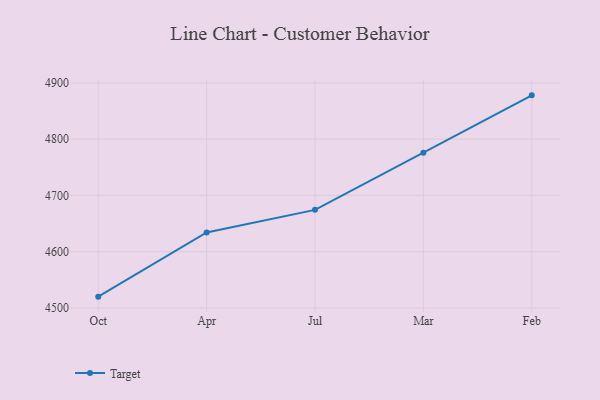
{"axis": {"x": "Month", "y": "Production Output"}, "legend": ["Target"], "data": [{"x": "Oct", "y": 4520.1, "type": "Target"}, {"x": "Apr", "y": 4634.2, "type": "Target"}, {"x": "Jul", "y": 4674.3, "type": "Target"}, {"x": "Mar", "y": 4775.6, "type": "Target"}, {"x": "Feb", "y": 4877.8, "type": "Target"}]}